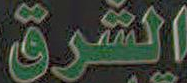
الشرق